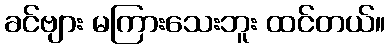
ခင်ဗျား မကြားသေးဘူး ထင်တယ်။